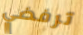
ترفضي